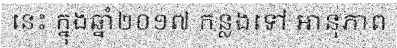
នេះ ក្នុងឆ្នាំ២០១៧ កន្លងទៅ អានុភាព